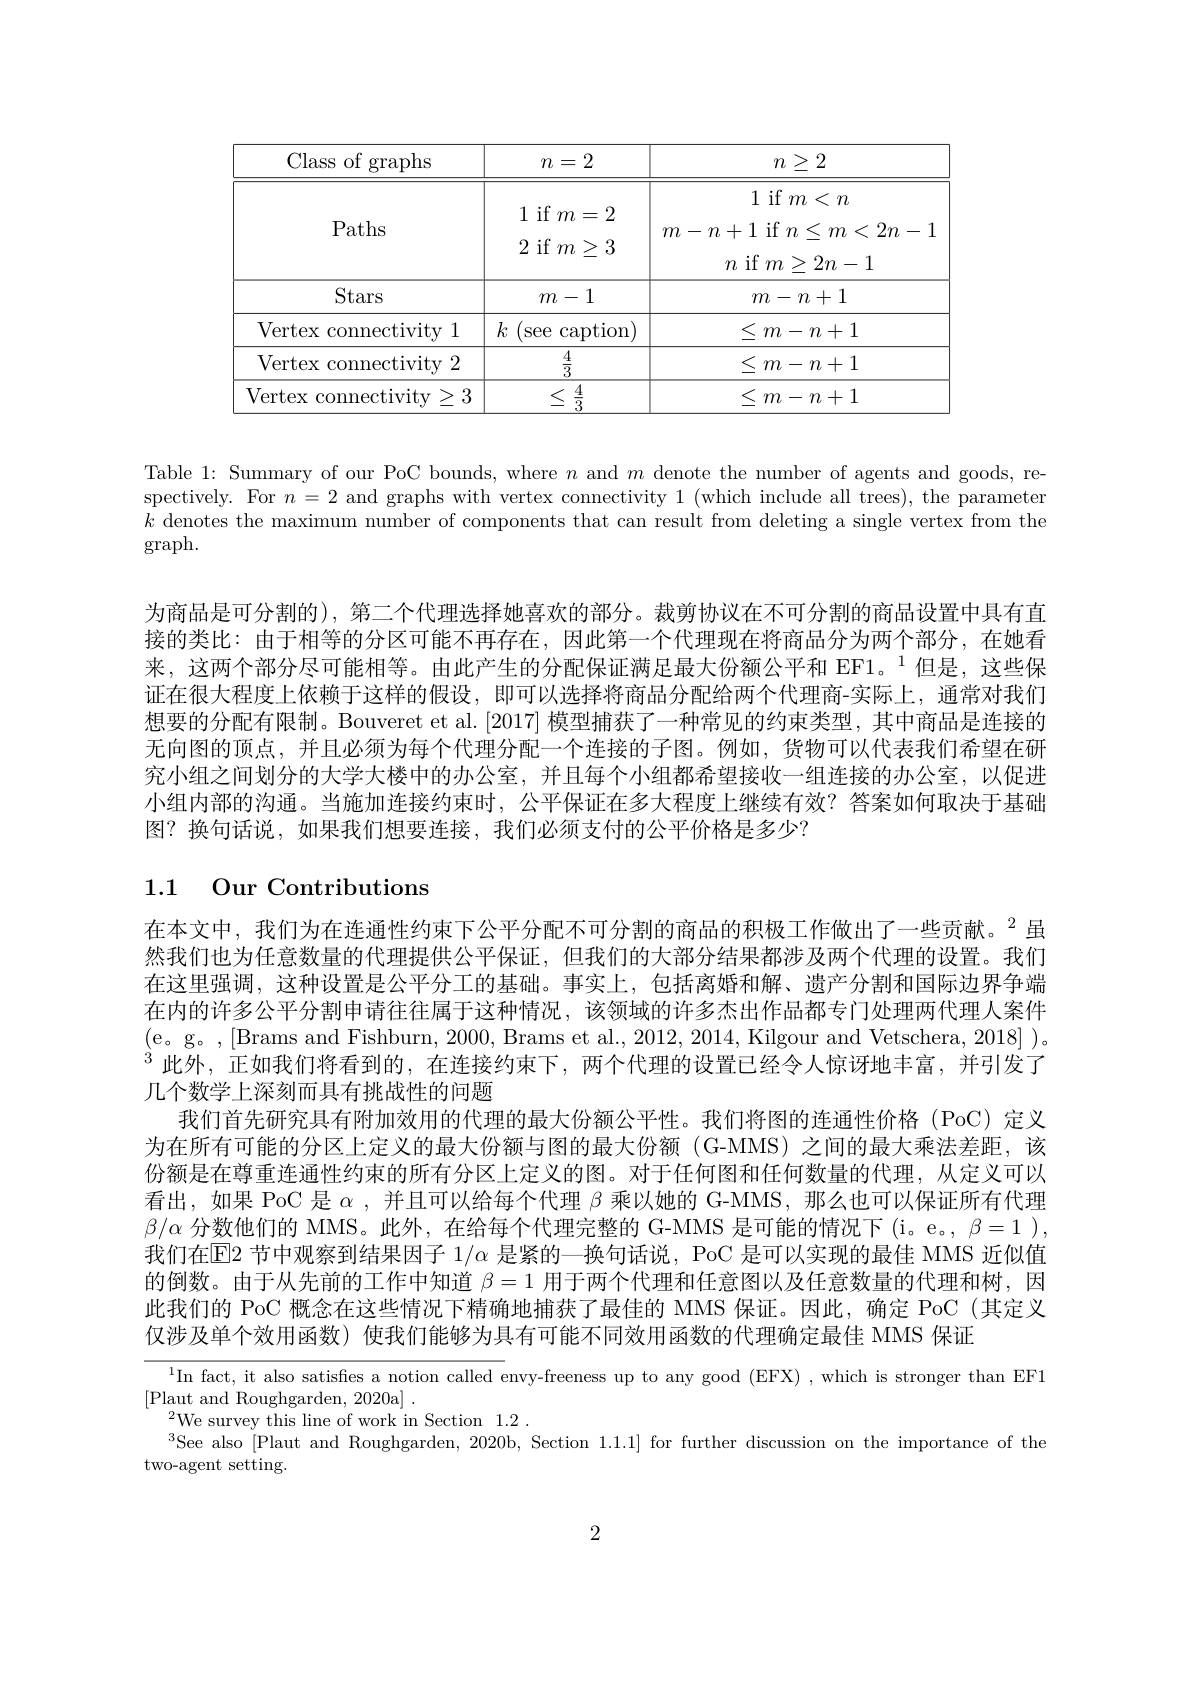
<table>
	<tbody>
		<tr>
			<th>Class of graphs</th>
			<th>$n=2$</th>
			<th>$n\geq2$</th>
		</tr>
		<tr>
			<td>Paths</td>
			<td>1 if $m=2$ 2 if $m\geq3$</td>
			<td>1 if $m<n$ $m-n+1$ if $n<m<2n-1$ $n$ if $m>2n-1$</td>
		</tr>
		<tr>
			<td>Stars</td>
			<td>$m-1$</td>
			<td>$m-n+1$</td>
		</tr>
		<tr>
			<td>Vertex connectivity 1</td>
			<td>$k$ see $\operatorname{caption}$ T</td>
			<td>< $m-n+1$</td>
		</tr>
		<tr>
			<td>Vertex connectivity 2</td>
			<td>$\frac{4}{3}$</td>
			<td>< $m-n+1$</td>
		</tr>
		<tr>
			<td>Vertex connectivity $\geq3$</td>
			<td>$\leq$ 4 $\overline{3}$</td>
			<td>$\leq$ $m-n+1$</td>
		</tr>
	</tbody>
</table>

Table 1: Summary of our PoC bounds, where $n$ and $m$ denote the number of agents and goods, respectively. For $n=2$ and graphs with vertex connectivity 1 (which include all trees), the parameter $k$ denotes the maximum number of components that can result from deleting a single vertex from the $\operatorname{graph}.$

为商品是可分割的), 第二个代理选择她喜欢的部分。裁剪协议在不可分割的商品设置中具有直接的类比：由于相等的分区可能不再存在，因此第一个代理现在将商品分为两个部分，在她看来，这两个部分尽可能相等。由此产生的分配保证满足最大份额公平和 EF1。$^{1}$但是，这些保证在很大程度上依赖于这样的假设，即可以选择将商品分配给两个代理商-实际上，通常对我们想要的分配有限制。Bouveret et al. [2017] 模型捕获了一种常见的约束类型，其中商品是连接的无向图的顶点，并且必须为每个代理分配一个连接的子图。例如，货物可以代表我们希望在研究小组之间划分的大学大楼中的办公室，并且每个小组都希望接收一组连接的办公室，以促进小组内部的沟通。当施加连接约束时，公平保证在多大程度上继续有效？答案如何取决于基础图？换句话说，如果我们想要连接，我们必须支付的公平价格是多少？

1.1 Our Contributions

在本文中，我们为在连通性约束下公平分配不可分割的商品的积极工作做出了一些贡献。$^{2}$虽然我们也为任意数量的代理提供公平保证，但我们的大部分结果都涉及两个代理的设置。我们在这里强调，这种设置是公平分工的基础。事实上，包括离婚和解、遗产分割和国际边界争端在内的许多公平分割申请往往属于这种情况，该领域的许多杰出作品都专门处理两代理人案件(e。g。,[Brams and Fishburn, 2000, Brams et al., 2012, 2014, Kilgour and Vetschera, 2018] )。$^{3}$此外，正如我们将看到的，在连接约束下，两个代理的设置已经令人惊讶地丰富，并引发了几个数学上深刻而具有挑战性的问题
我们首先研究具有附加效用的代理的最大份额公平性。我们将图的连通性价格(PoC)定义为在所有可能的分区上定义的最大份额与图的最大份额 (G-MMS) 之间的最大乘法差距，该份额是在尊重连通性约束的所有分区上定义的图。对于任何图和任何数量的代理，从定义可以看出，如果 PoC 是$\alpha$,并且可以给每个代理$\beta$乘以她的 G-MMS, 那么也可以保证所有代理$\beta/\alpha$分数他们的 MMS。此外，在给每个代理完整的 G-MMS 是可能的情况下(i。e。, $\beta=1)$, 我们在E2 节中观察到结果因子 1/α 是紧的一换句话说，PoC 是可以实现的最佳 MMS 近似值的倒数。由于从先前的工作中知道$\beta=1$用于两个代理和任意图以及任意数量的代理和树，因此我们的 PoC 概念在这些情况下精确地捕获了最佳的 MMS 保证。因此，确定 PoC (其定义仅涉及单个效用函数) 使我们能够为具有可能不同效用函数的代理确定最佳 MMS 保证

$^1$In fact, it also satisfies a notion called envy-freeness up to any good (EFX) , which is stronger than EF1
[Plaut and Roughgarden, 2020a]~.
$^{2}$We survey this line of work in Section1.2.
$^{3}$See also[Plaut and Roughgarden, 2020b, Section 1.1.1] for further discussion on the importance of the
two-agent setting.

2